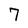
Character: 7